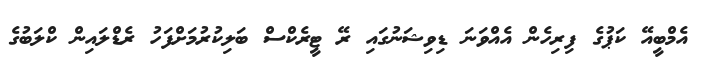
އެމްބީއޭ ކަޕުގެ ފިރިހެން އެއްވަނަ ޑިވިޝަނުގައި ރޭ ޓީރެކްސް ބަލިކުރުމަށްފަހު ރެޑްލައިން ކްލަބުގެ